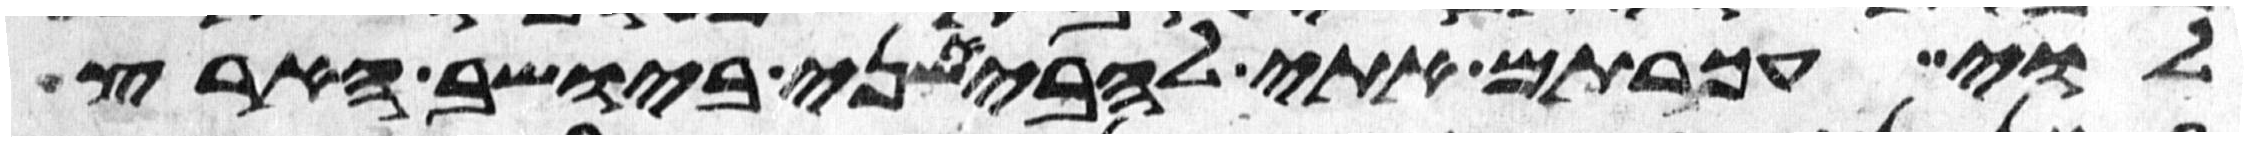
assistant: לוי עכרתם אתי להבאשני ביושב הארץ